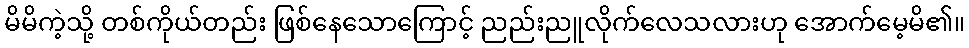
မိမိကဲ့သို့ တစ်ကိုယ်တည်း ဖြစ်နေသောကြောင့် ညည်းညူလိုက်လေသလားဟု အောက်မေ့မိ၏။